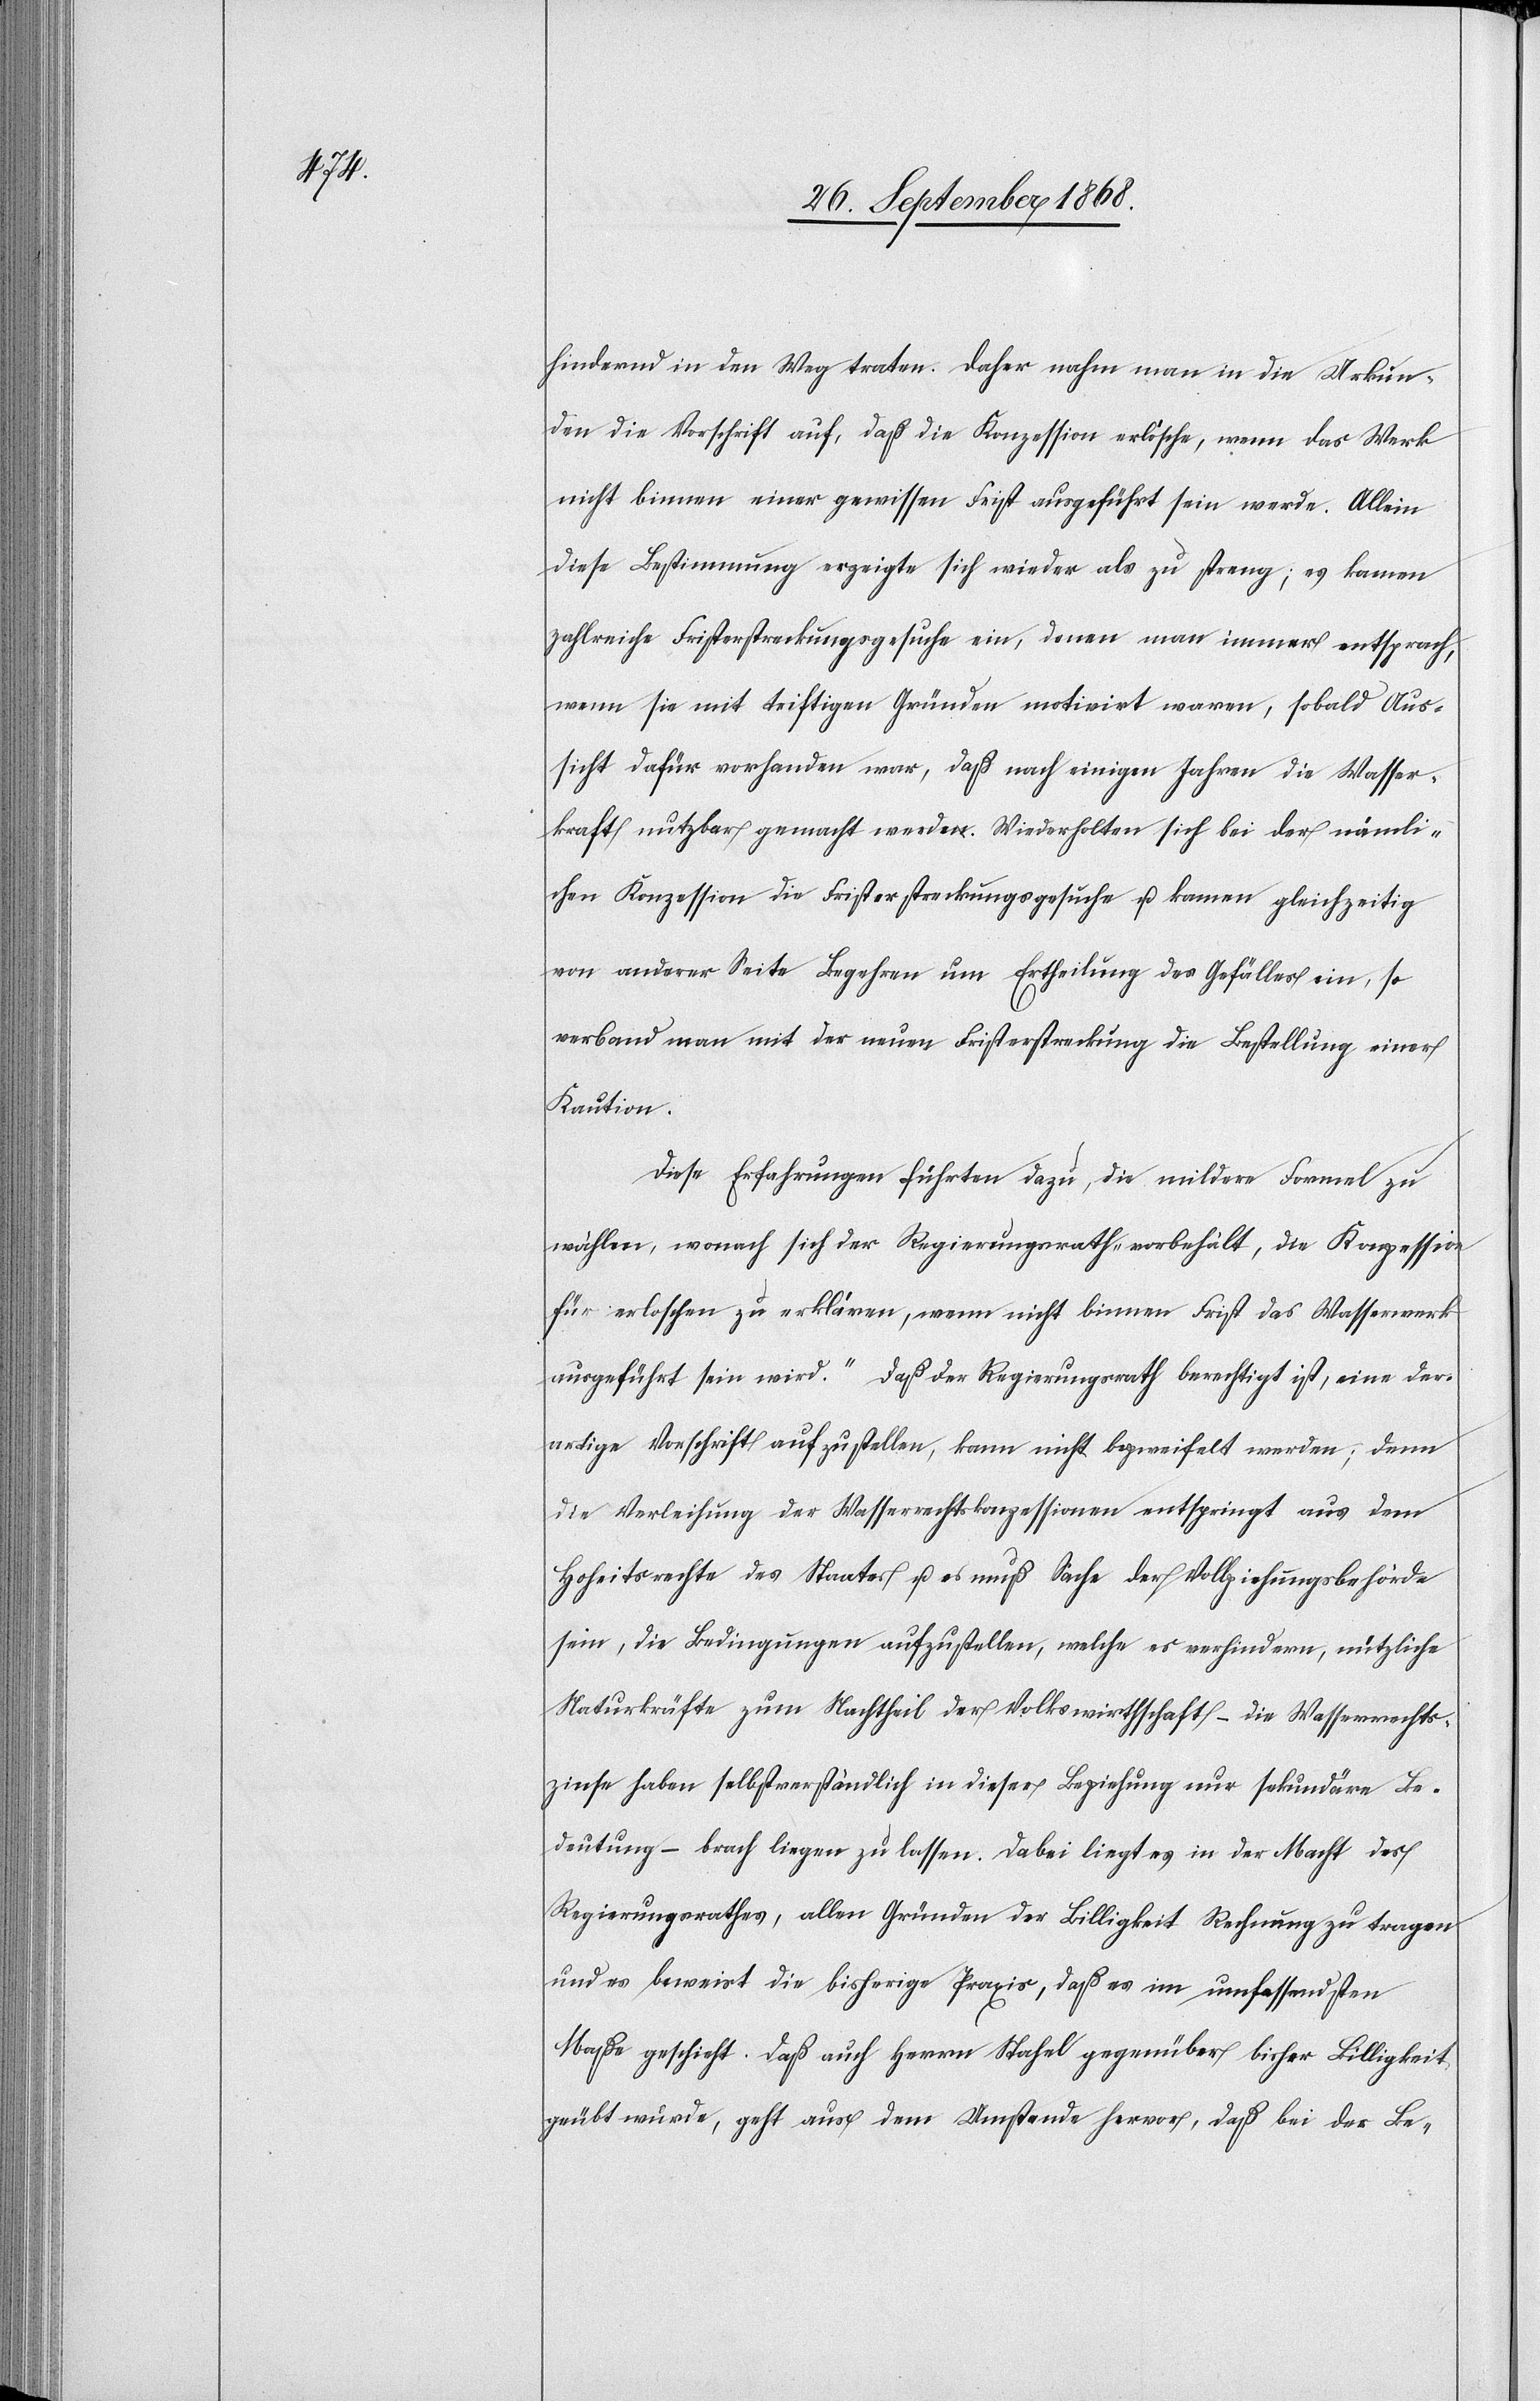
hindernd in den Weg traten. Daher nahm man in die Urkun¬
den die Vorschrift auf, daß die Konzession erlösche, wenn das Werk
nicht binnen einer gewissen Frist ausgeführt sein werde. Allein
diese Bestimmung erzeigte sich wieder als zu streng; es kamen
zahlreiche Fristerstreckungsgesuche ein, denen man immer entsprach,
wenn sie mit triftigen Gründen motivirt waren, sobald Aus¬
sicht dafür vorhanden war, daß nach einigen Jahren die Wasser¬
kraft nutzbar gemacht werde. Wiederholten sich bei der nämli¬
chen Konzession die Fristerstreckungsgesuche u. kamen gleichzeitig
von anderer Seite Begehren um Ertheilung des Gefälles ein, so
verband man mit der neuen Fristerstreckung die Bestellung einer
Kaution.
Diese Erfahrungen führten dazu, die mildere Formel zu
wählen, wonach sich der Regierungsrath „vorbehält, die Konzession
für erloschen zu erklären, wenn nicht binnen Frist das Wasserwerk
ausgeführt sein wird“. Daß der Regierungsrath berechtigt ist, eine der¬
artige Vorschrift aufzustellen, kann nicht bezweifelt werden; denn
die Verleihung der Wasserrechtskonzessionen entspringt aus dem
Hoheitsrechte des Staates u. es muß Sache der Vollziehungsbehörde
sein, die Bedingungen aufzustellen, welche es verhindern, nützliche
Naturkräfte zum Nachtheil der Volkswirthschaft – die Wasserrechts¬
zinse haben selbstverständlich in dieser Beziehung nur sekundäre Be¬
deutung – brach liegen zu lassen. Dabei liegt es in der Macht des
Regierungsrathes, allen Gründen der Billigkeit Rechnung zu tragen
und es beweist die bisherige Praxis, daß es im umfassendsten
Maße geschieht. Daß auch Herrn Stahel gegenüber bisher Billigkeit
geübt wurde, geht aus dem Umstande hervor, daß bei der Be-